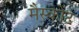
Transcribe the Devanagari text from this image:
मैस्कोट